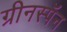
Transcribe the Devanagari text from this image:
ग्रीनस्पॅन